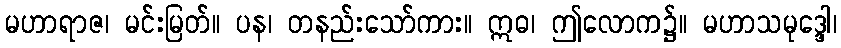
မဟာရာဇ၊ မင်းမြတ်။ ပန၊ တနည်းသော်ကား။ ဣဓ၊ ဤလောက၌။ မဟာသမုဒ္ဒေါ၊